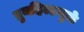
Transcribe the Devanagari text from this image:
ब्रुनहिल्डमुळे